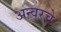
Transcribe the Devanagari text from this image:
अन्वरचे